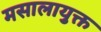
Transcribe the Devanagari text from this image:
मसालायुक्त